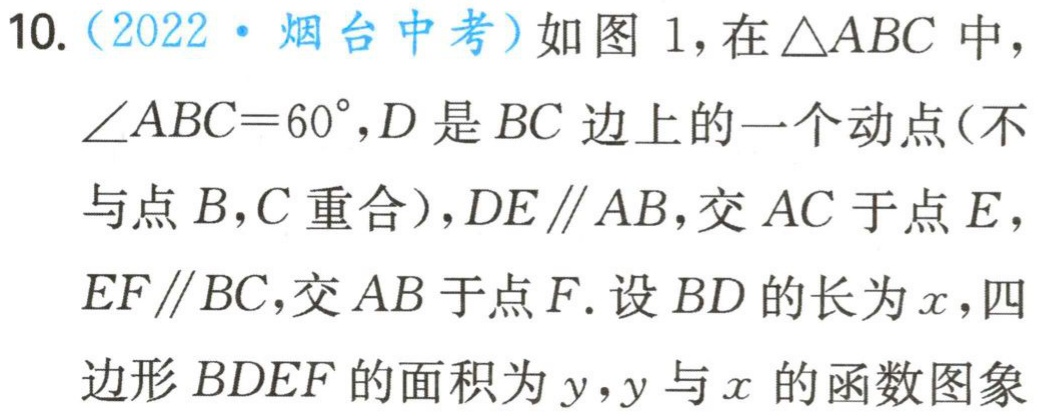
10.（2022·烟台中考）如图1，在$\triangle ABC$中，$\angle ABC = 60^{\circ},D$是$BC$边上的一个动点(不与点$B,C$重合)，$DE\parallel AB$，交$AC$于点$E$，$EF\parallel BC$，交$AB$于点$F$.设$BD$的长为$x$，四边形$BDEF$的面积为$y$，$y$与$x$的函数图象